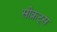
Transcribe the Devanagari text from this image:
सीक्रट्स